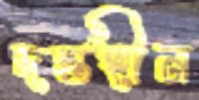
দন্তহীন